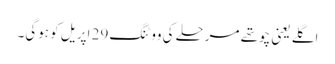
اگلے یعنی چوتھے مرحلے کی ووٹنگ 29 اپریل کو ہوگی۔